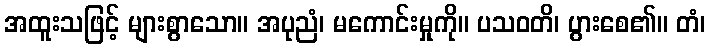
အထူးသဖြင့် များစွာသော။ အပုညံ၊ မကောင်းမှုကို။ ပသဝတိ၊ ပွားစေ၏။ တံ၊